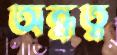
অন্ধত্ব